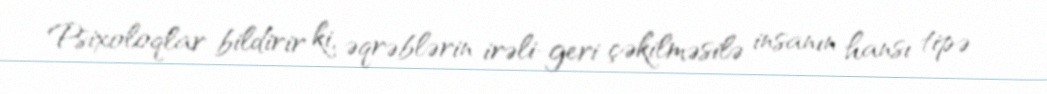
Psixoloqlar bildirir ki, əqrəblərin irəli-geri çəkilməsilə insanın hansı tipə